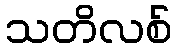
သတိလစ်